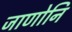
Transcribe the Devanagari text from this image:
जाणोनि